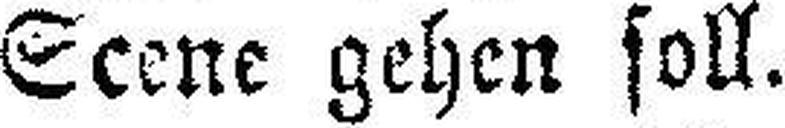
Scene gehen soll.